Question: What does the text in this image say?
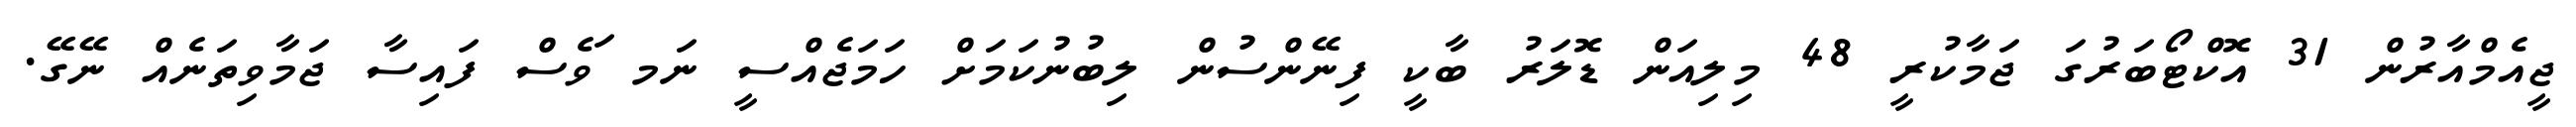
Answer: ޖީއެމްއާރުން 31 އޮކްޓޯބަރުގަ ޖަމާކުރީ 48 މިލިއަން ޑޮލަރު ބާކީ ފިނޭންސުން ލިބުނުކަމަށް ހަމަޖެއްސީ ނަމ ަވެސް ފައިސާ ޖަމާވިތަނެއް ނޭގޭ.